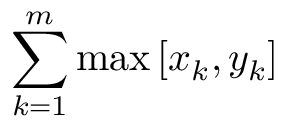
\sum _ { k = 1 } ^ { m } \operatorname* { m a x } \left[ x _ { k } , y _ { k } \right]